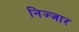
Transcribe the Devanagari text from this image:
निज्जार